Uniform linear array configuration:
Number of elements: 64
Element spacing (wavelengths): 0.5
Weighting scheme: hamming
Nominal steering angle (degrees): -15
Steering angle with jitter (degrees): -13.317
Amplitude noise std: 0.05
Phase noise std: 0.05

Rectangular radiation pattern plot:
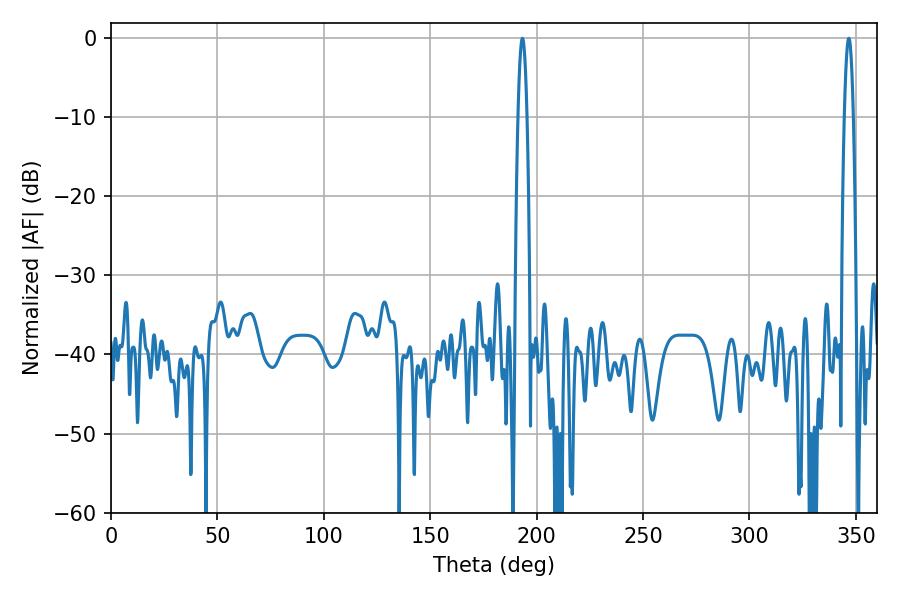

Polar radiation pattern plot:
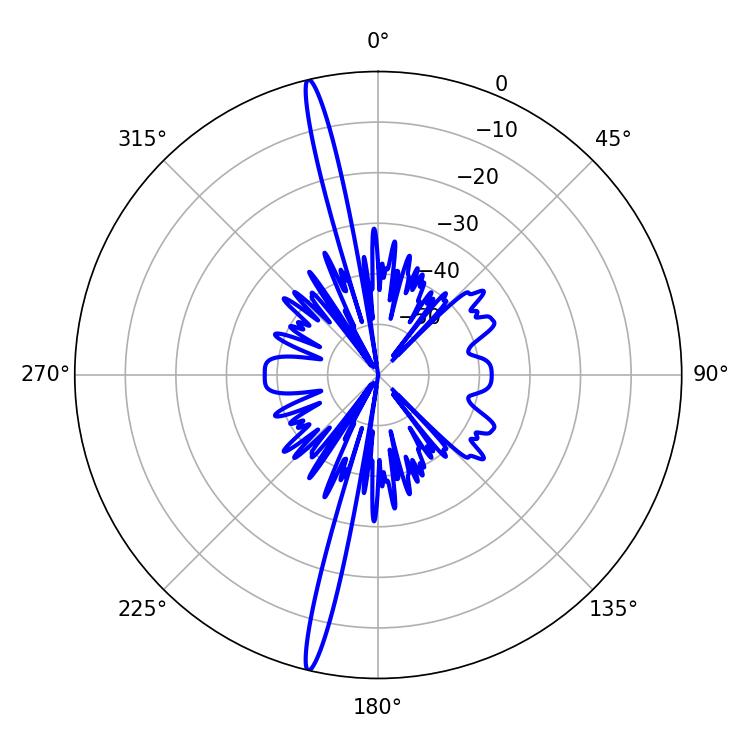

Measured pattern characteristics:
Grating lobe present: FALSE
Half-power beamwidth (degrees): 2.16
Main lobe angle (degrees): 193.32